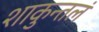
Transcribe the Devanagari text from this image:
शाकुन्तलं